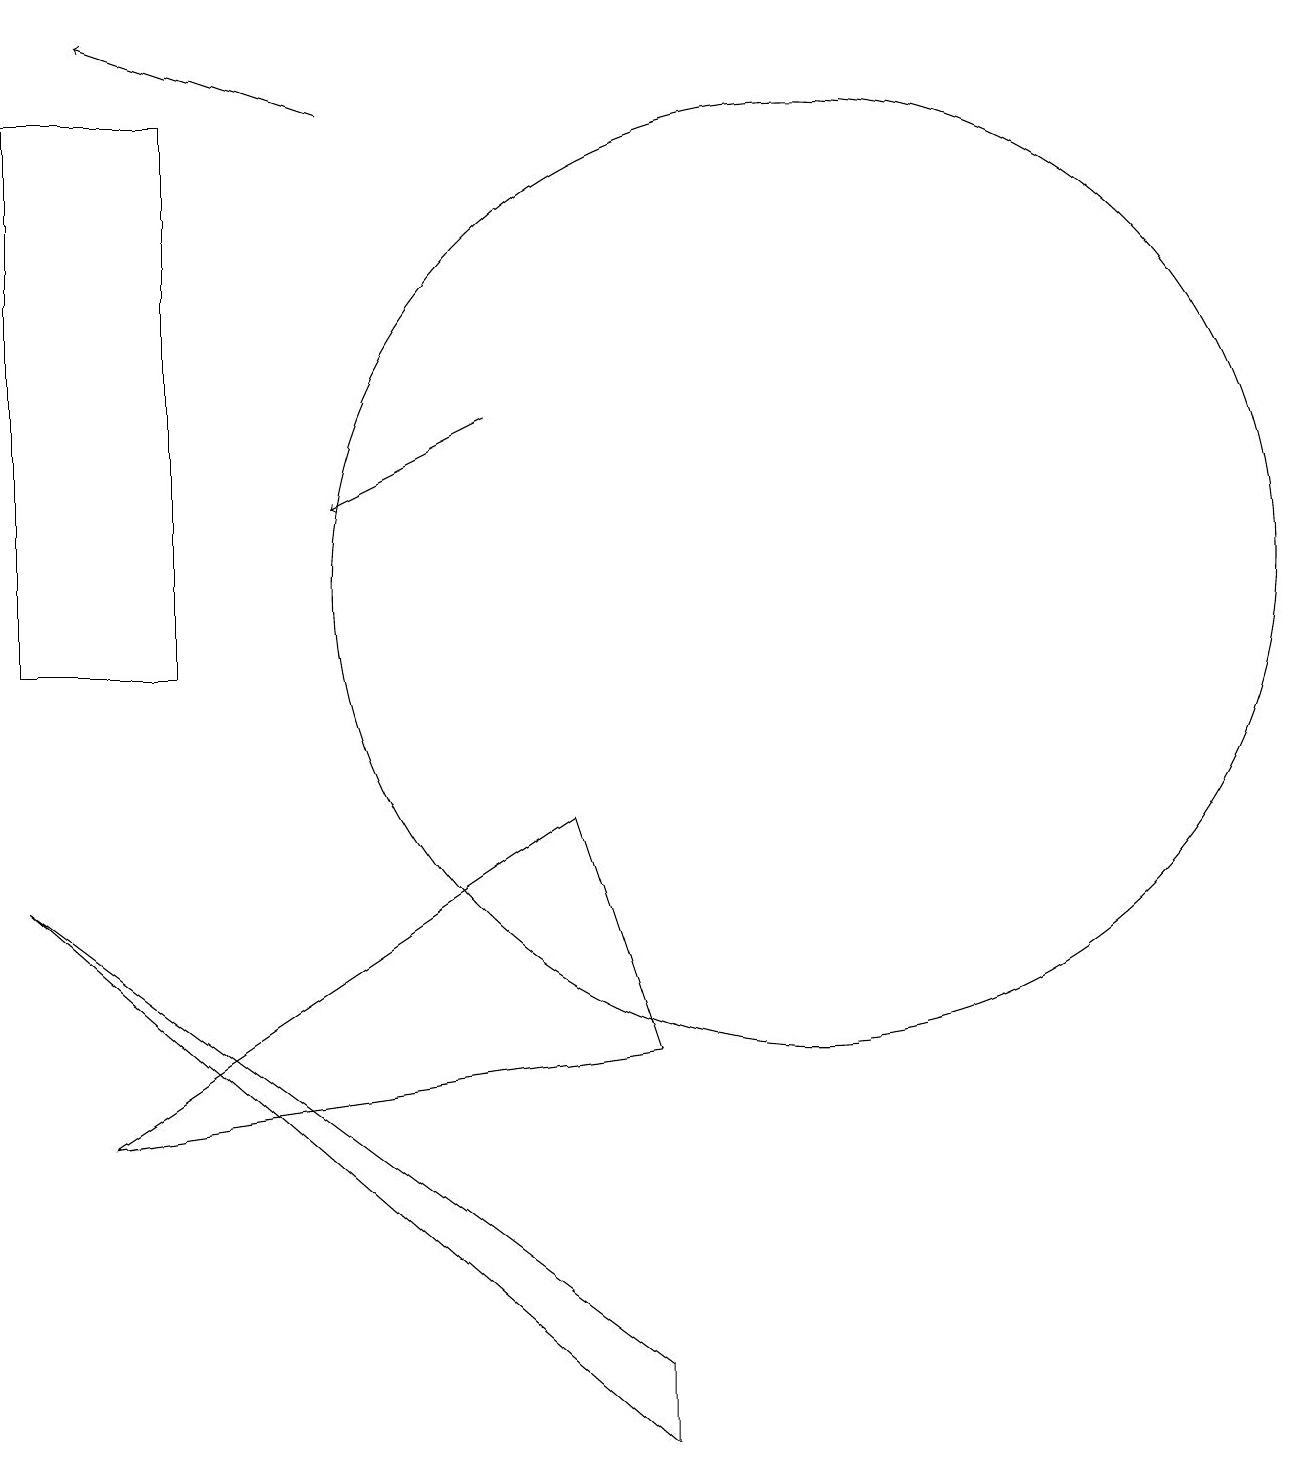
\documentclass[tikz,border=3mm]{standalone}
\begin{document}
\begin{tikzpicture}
\draw (0,10) rectangle (2,17);
\draw (1,4) -- (7,8) -- (8,5) -- cycle;
\draw (11,11) circle (0);
\draw (10,11) circle (6);
\draw (0,7) -- (8,0) -- (8,1) -- cycle;
\draw[->] (4,17) -- (1,18);
\draw[->] (6,13) -- (4,12);
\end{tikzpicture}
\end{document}